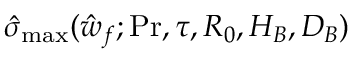
\hat { \sigma } _ { \mathrm { m a x } } ( \hat { w } _ { f } ; \ensuremath { \mathrm { P r } } , \tau , R _ { 0 } , H _ { B } , D _ { B } )